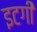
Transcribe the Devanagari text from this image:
इटगी